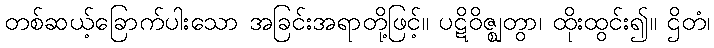
တစ်ဆယ့်ခြောက်ပါးသော အခြင်းအရာတို့ဖြင့်။ ပဋိဝိဇ္ဈတွာ၊ ထိုးထွင်း၍။ ဌိတံ၊